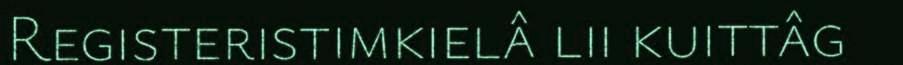
Registeristimkielâ lii kuittâg